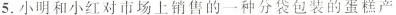
5. 小明和小红对市场上销售的一种分袋包装的蛋糕产